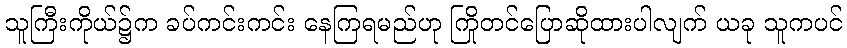
သူကြီးကိုယ်၌က ခပ်ကင်းကင်း နေကြရမည်ဟု ကြိုတင်ပြောဆိုထားပါလျက် ယခု သူကပင်